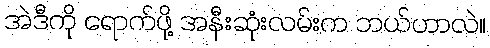
အဲဒီကို ရောက်ဖို့ အနီးဆုံးလမ်းက ဘယ်ဟာလဲ။